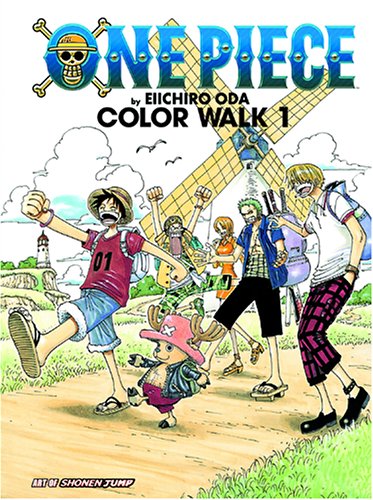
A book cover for One Piece Color Walk Art Book, Vol. 1 (The Art of Shonen Jump); Eiichiro Oda; Teen & Young Adult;